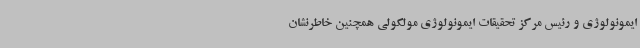
ایمونولوژی و رئیس مرکز تحقیقات ایمونولوژی مولکولی همچنین خاطرنشان